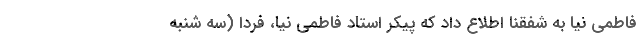
فاطمی نیا به شفقنا اطلاع داد که پیکر استاد فاطمی نیا، فردا (سه شنبه